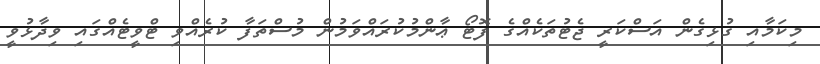
މިކަމާއި ގުޅިގެން އަސްކަރީ ޖެޓުތަކެއްގެ ފޮޓޯ ޢާންމުކުރައްވަމުން މުސްތަފާ ކުރެއްވި ޓްވީޓެއްގައި ވިދާޅުވީ